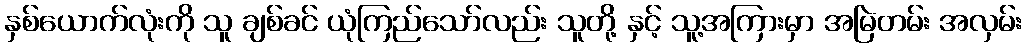
နှစ်ယောက်လုံးကို သူ ချစ်ခင် ယုံကြည်သော်လည်း သူတို့ နှင့် သူ့အကြားမှာ အမြဲတမ်း အလှမ်း